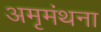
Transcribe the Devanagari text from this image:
अमृमंथना